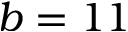
b = 1 1